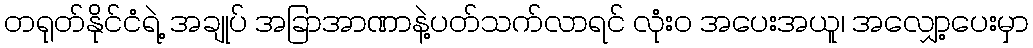
တရုတ်နိုင်ငံရဲ့ အချုပ် အခြာအာဏာနဲ့ပတ်သက်လာရင် လုံးဝ အပေးအယူ၊ အလျှော့ပေးမှာ